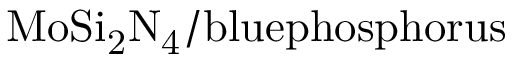
\mathrm { M o S i _ { 2 } N _ { 4 } / b l u e p h o s p h o r u s }